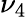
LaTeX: \nu_{4}